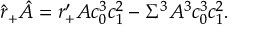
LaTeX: \hat { r } _ { + } \hat { A } = r _ { + } ^ { \prime } A c _ { 0 } ^ { 3 } c _ { 1 } ^ { 2 } - \Sigma ^ { 3 } A ^ { 3 } c _ { 0 } ^ { 3 } c _ { 1 } ^ { 2 } .